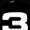
Digit: 3